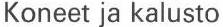
Koneet ja kalusto